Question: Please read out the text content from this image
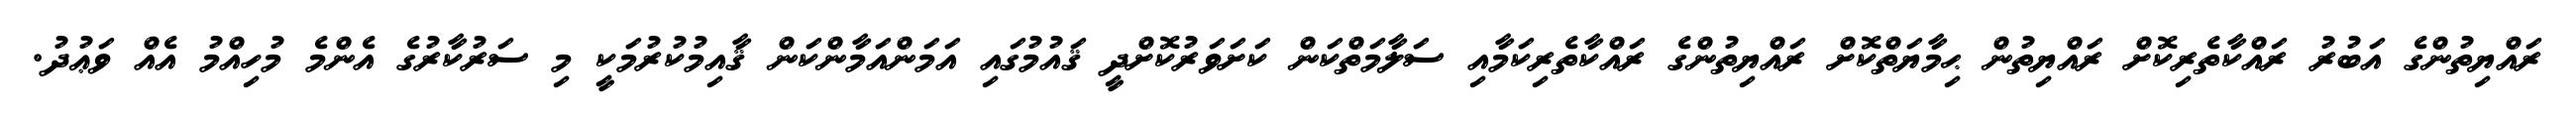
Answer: ރައްޔިތުންގެ އަބުރު ރައްކާތެރިކޮށް ރައްޔިތުން ޙިމާޔަތްކޮށް ރައްޔިތުންގެ ރައްކާތެރިކަމާއި ސަލާމަތްކަން ކަށަވަރުކޮށްދީ ޤައުމުގައި އަމަންއަމާންކަން ޤާއިމުކުރުމަކީ މި ސަރުކާރުގެ އެންމެ މުހިއްމު އެއް ވަޢުދު.